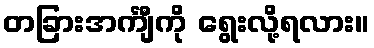
တခြားအင်္ကျီကို ရွေးလို့ရလား။